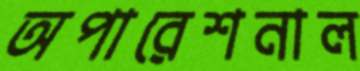
অপারেশনাল